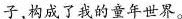
子，构成了我的童年世界。